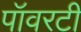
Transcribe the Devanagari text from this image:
पॉवरटी